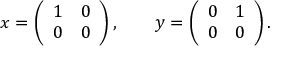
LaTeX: x = \left( { \begin{array} { c c } { 1 } & { 0 } \\ { 0 } & { 0 } \end{array} } \right) , \qquad y = \left( { \begin{array} { c c } { 0 } & { 1 } \\ { 0 } & { 0 } \end{array} } \right) .